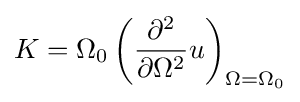
K=\Omega _{0}\left({\partial ^{2} \over \partial \Omega ^{2}}u\right)_{\Omega =\Omega _{0}}